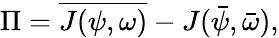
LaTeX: \Pi=\overline{{J(\psi,\omega)}}-J(\bar{\psi},\bar{\omega}),